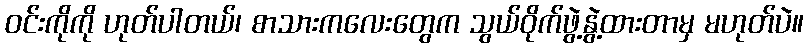
၀င်းကိုကို ဟုတ်ပါတယ်၊ စာသားကလေးတွေက သွယ်ဝိုက်ဖွဲ့နွဲ့ထားတာမှ မဟုတ်ပဲ။